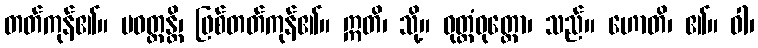
တတ်ကုန်၏။ ပဝတ္တန္တိ၊ ဖြစ်တတ်ကုန်၏။ ဣတိ၊ သို့။ ဝုတ္တံဝုတ္တော၊ သည်။ ဟောတိ၊ ၏။ ဝါ၊